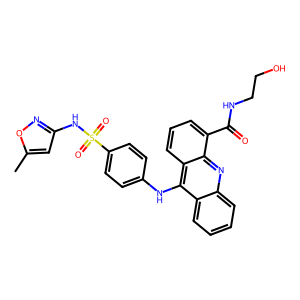
SMILES: Cc1cc(NS(=O)(=O)c2ccc(Nc3c4ccccc4nc4c(C(=O)NCCO)cccc34)cc2)no1
Inhibits HIV replication: No